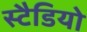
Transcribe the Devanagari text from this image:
स्टैडियो